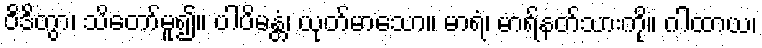
ဝိဒိတွာ၊ သိတော်မူ၍။ ပါပိမန္တံ၊ ယုတ်မာသော။ မာရံ၊ မာရ်နတ်သားကို။ ဂါထာယ၊